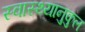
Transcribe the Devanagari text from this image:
स्वास्थ्यानुकुल